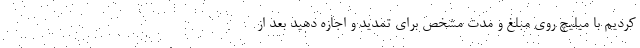
کردیم با میلیچ روی مبلغ و مدت مشخص برای تمدید و اجازه دهید بعد از